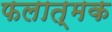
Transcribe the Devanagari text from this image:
फलात्मक